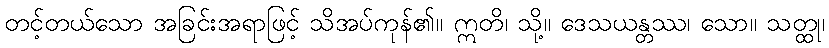
တင့်တယ်သော အခြင်းအရာဖြင့် သိအပ်ကုန်၏။ ဣတိ၊ သို့။ ဒေသယန္တဿ၊ သော။ သတ္ထု၊